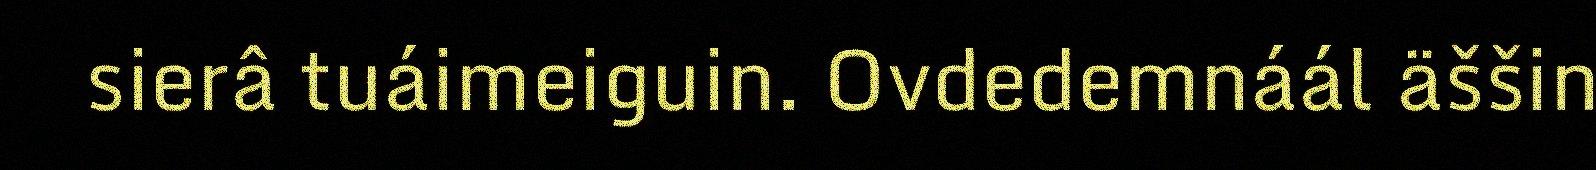
sierâ tuáimeiguin. Ovdedemnáál äššin